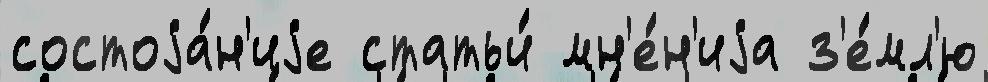
состоjа́н'иjе статьи́ мн'е́н'иjа з'е́мл'ю